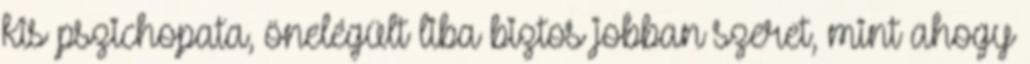
kis pszichopata, önelégült liba biztos jobban szeret, mint ahogy